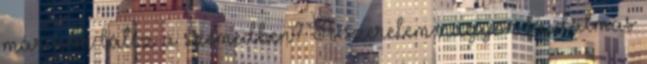
már nem látsz a szemedben? A szerelem nagyon fájdalmas